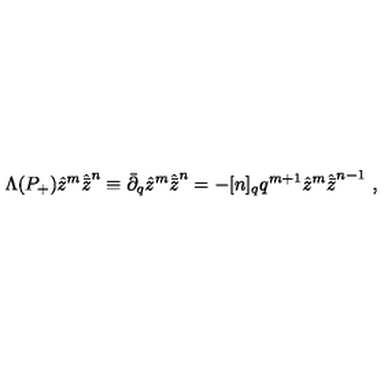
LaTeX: \Lambda ( P _ { + } ) { \hat { z } } ^ { m } { \hat { \bar { z } } } ^ { n } \equiv { \bar { \partial } } _ { q } { \hat { z } } ^ { m } { \hat { \bar { z } } } ^ { n } = - [ n ] _ { q } q ^ { m + 1 } { \hat { z } } ^ { m } { \hat { \bar { z } } } ^ { n - 1 } \ ,